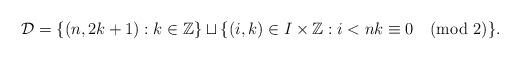
LaTeX: \begin{align*}\mathcal{D}=\{(n,2k+1): k\in \mathbb{Z}\}\sqcup \{(i,k)\in I\times \mathbb{Z}: i<n k\equiv0 \pmod 2\}.\end{align*}